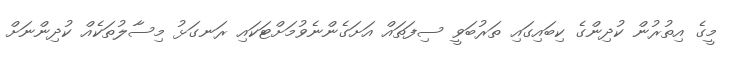
މީގެ އިތުރުން ކުދިންގެ ކިބައިގައި ތަރުބަވީ ސިފަތައް އަށަގެންނެވުމަށްޓަކައި ރަނގަޅު މިސާލުތަކެއް ކުދިންނަށް